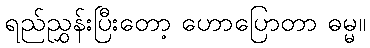
ရည်ညွှန်းပြီးတော့ ဟောပြောတာ ဓမ္မ။